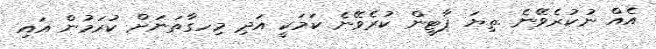
އެއް ނުކުރެވޭނެ .ތިޔަ ޕާޓީން ކުރެވޭނެ ކަމަކީ އަދި މިހގާތަނަށް ކުރަމުން އައި